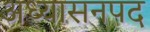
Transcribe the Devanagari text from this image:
अध्यासनपद